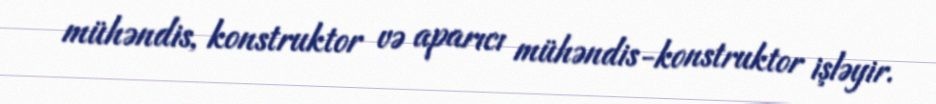
mühəndis, konstruktor və aparıcı mühəndis-konstruktor işləyir.